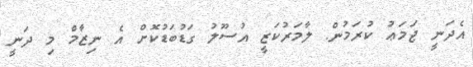
އެދަނީ ޖަމަޢު ކުރަމުން. ލާމަރުކަޒީ އުސޫލު ގަޑުބަޑުކޮށް އެ ނިޒާމް މި ދަނީ